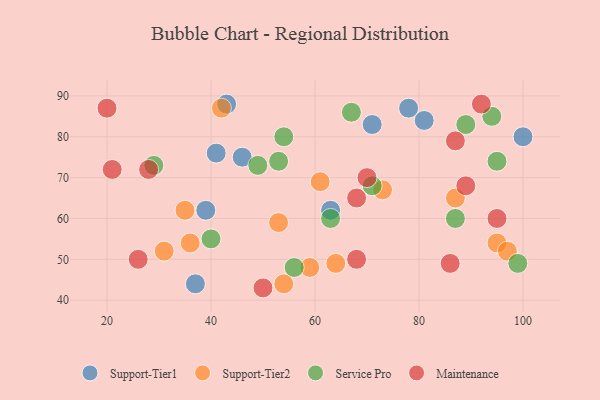
{"axis": {"x": "GDP", "y": "Life Expectancy"}, "legend": ["Maintenance", "Service Pro", "Support-Tier1", "Support-Tier2"], "data": [{"x": "81", "y": 84, "type": "Support-Tier1"}, {"x": "43", "y": 88, "type": "Support-Tier1"}, {"x": "63", "y": 62, "type": "Support-Tier1"}, {"x": "37", "y": 44, "type": "Support-Tier1"}, {"x": "41", "y": 76, "type": "Support-Tier1"}, {"x": "78", "y": 87, "type": "Support-Tier1"}, {"x": "100", "y": 80, "type": "Support-Tier1"}, {"x": "46", "y": 75, "type": "Support-Tier1"}, {"x": "71", "y": 83, "type": "Support-Tier1"}, {"x": "39", "y": 62, "type": "Support-Tier1"}, {"x": "36", "y": 54, "type": "Support-Tier2"}, {"x": "95", "y": 54, "type": "Support-Tier2"}, {"x": "61", "y": 69, "type": "Support-Tier2"}, {"x": "87", "y": 65, "type": "Support-Tier2"}, {"x": "64", "y": 49, "type": "Support-Tier2"}, {"x": "53", "y": 59, "type": "Support-Tier2"}, {"x": "35", "y": 62, "type": "Support-Tier2"}, {"x": "42", "y": 87, "type": "Support-Tier2"}, {"x": "97", "y": 52, "type": "Support-Tier2"}, {"x": "73", "y": 67, "type": "Support-Tier2"}, {"x": "54", "y": 44, "type": "Support-Tier2"}, {"x": "31", "y": 52, "type": "Support-Tier2"}, {"x": "59", "y": 48, "type": "Support-Tier2"}, {"x": "71", "y": 68, "type": "Service Pro"}, {"x": "87", "y": 60, "type": "Service Pro"}, {"x": "53", "y": 74, "type": "Service Pro"}, {"x": "54", "y": 80, "type": "Service Pro"}, {"x": "95", "y": 74, "type": "Service Pro"}, {"x": "94", "y": 85, "type": "Service Pro"}, {"x": "49", "y": 73, "type": "Service Pro"}, {"x": "89", "y": 83, "type": "Service Pro"}, {"x": "67", "y": 86, "type": "Service Pro"}, {"x": "99", "y": 49, "type": "Service Pro"}, {"x": "56", "y": 48, "type": "Service Pro"}, {"x": "63", "y": 60, "type": "Service Pro"}, {"x": "40", "y": 55, "type": "Service Pro"}, {"x": "29", "y": 73, "type": "Service Pro"}, {"x": "87", "y": 79, "type": "Maintenance"}, {"x": "50", "y": 43, "type": "Maintenance"}, {"x": "21", "y": 72, "type": "Maintenance"}, {"x": "26", "y": 50, "type": "Maintenance"}, {"x": "70", "y": 70, "type": "Maintenance"}, {"x": "20", "y": 87, "type": "Maintenance"}, {"x": "92", "y": 88, "type": "Maintenance"}, {"x": "68", "y": 50, "type": "Maintenance"}, {"x": "68", "y": 65, "type": "Maintenance"}, {"x": "28", "y": 72, "type": "Maintenance"}, {"x": "86", "y": 49, "type": "Maintenance"}, {"x": "89", "y": 68, "type": "Maintenance"}, {"x": "95", "y": 60, "type": "Maintenance"}]}